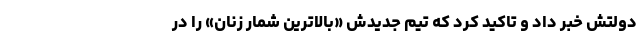
دولتش خبر داد و تاکید کرد که تیم جدیدش «بالاترین شمار زنان» را در